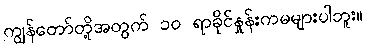
ကျွန်တော်တို့အတွက် ၁၀ ရာခိုင်နှုန်းကမများပါဘူး။